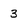
Character: 3